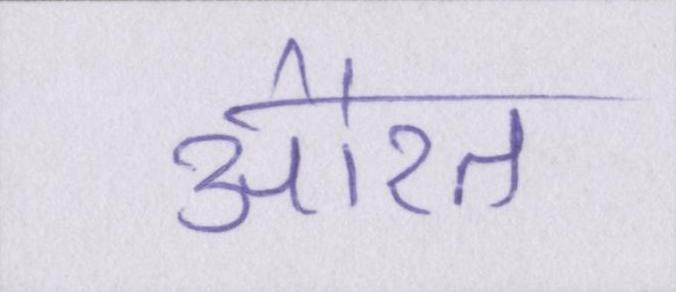
औरत